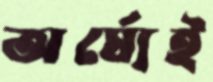
অর্ঘ্যেই